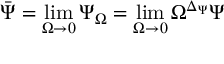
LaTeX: \bar { \Psi } = \operatorname * { l i m } _ { \Omega \to 0 } \Psi _ { \Omega } = \operatorname * { l i m } _ { \Omega \to 0 } \Omega ^ { \Delta _ { \Psi } } \Psi